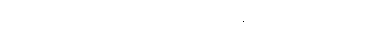
သူ့နားတစ်ဘက်ကို ရင်ဘတ်တွင်ကပ်၍ နားထောင် ပြန်သည်။